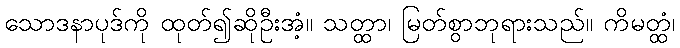
သောဒနာပုဒ်ကို ထုတ်၍ဆိုဦးအံ့။ သတ္ထာ၊ မြတ်စွာဘုရားသည်။ ကိမတ္ထံ၊